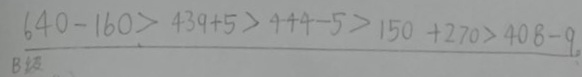
6 4 0 - 1 6 0 > 4 3 9 + 5 > 4 4 4 - 5 > 1 5 0 + 2 7 0 > 4 0 8 - 9 .